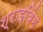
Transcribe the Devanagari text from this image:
श्राइविंग